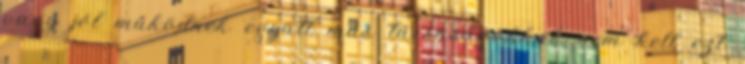
vagy jól működnek együtt más társaságokkal, nem kell ezt